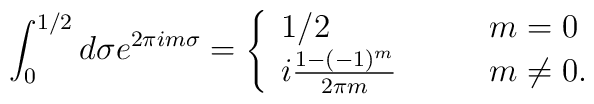
\int_0^{1/2} d\sigma e^{2\pi i m \sigma} =\left\{\begin{array}{ll}1/2\qquad&  m=0\\i\frac{1-(-1)^m}{2\pi m} \qquad & m\neq 0.\end{array}\right.